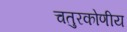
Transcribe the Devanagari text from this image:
चतुरकोणीय